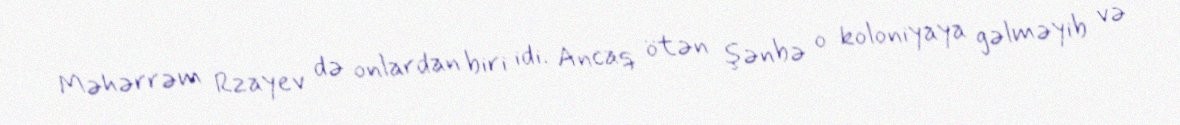
Məhərrəm Rzayev də onlardan biri idi. Ancaq ötən şənbə o koloniyaya gəlməyib və